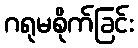
ဂရုမစိုက်ခြင်း